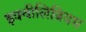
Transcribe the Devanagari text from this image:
इक्वीलिब्रियम